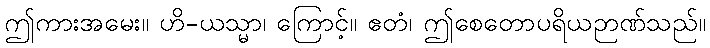
ဤကားအမေး။ ဟိ-ယသ္မာ၊ ကြောင့်။ ဧတံ၊ ဤစေတောပရိယဉာဏ်သည်။